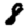
Digit: 8